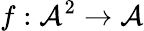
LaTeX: f:{\mathcal{A}}^{2}\rightarrow{\mathcal{A}}